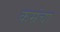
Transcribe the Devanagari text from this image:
कम्रंचा